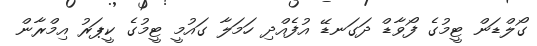
ގޯލްޑަން ޓީމުގެ ފޯވާޑް ދަގަނޑޭ އުފެއްދި ހަމަލާ ގައުމީ ޓީމުގެ ކީޕަރު އިމްރާން